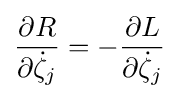
{\frac {\partial R}{\partial {\dot {\zeta }}_{j}}}=-{\frac {\partial L}{\partial {\dot {\zeta }}_{j}}}